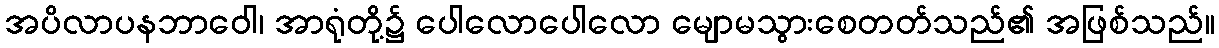
အပိလာပနဘာဝေါ၊ အာရုံတို့၌ ပေါလောပေါလော မျောမသွားစေတတ်သည်၏ အဖြစ်သည်။